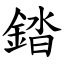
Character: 錔